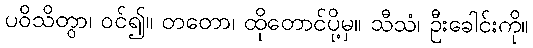
ပဝိသိတွာ၊ ဝင်၍။ တတော၊ ထိုတောင်ပို့မှ။ သီသံ၊ ဦးခေါင်းကို။